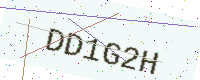
Text: DD1G2H